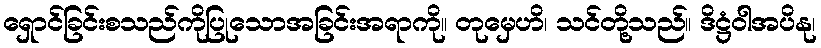
ရှောင်ခြင်းစသည်ကိုပြုသောအခြင်းအရာကို။ တုမှေဟိ၊ သင်တို့သည်။ ဒိဋ္ဌံဝါအပိနု၊